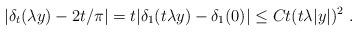
LaTeX: \begin{align*} | \delta_t( \lambda y ) - 2 t / \pi | = t | \delta_1 ( t \lambda y ) - \delta_1 ( 0 ) | \leq C t ( t \lambda |y|)^2 \ . \end{align*}